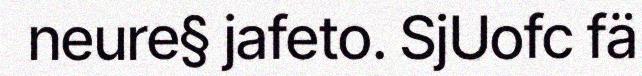
neure§ jafeto. SjUofc fä